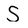
Character: S